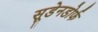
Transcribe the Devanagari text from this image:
सूडेनडोर्फ